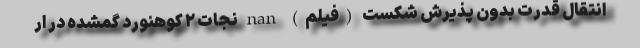
انتقال قدرت بدون پذیرش شکست (فیلم) nan نجات ۲ کوهنورد گمشده در ار